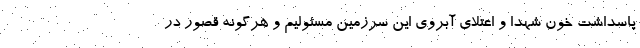
پاسداشت خون شهدا و اعتلای آبروی این سرزمین مسئولیم و هرگونه قصور در